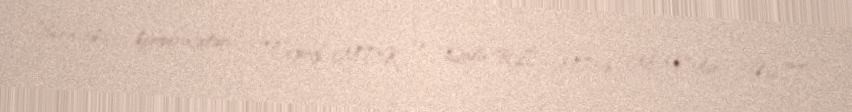
Bura tikinti kooperativləri - “Topaz” MTK və “Qala-R.L” MTK, MMC-lər - “NLT”